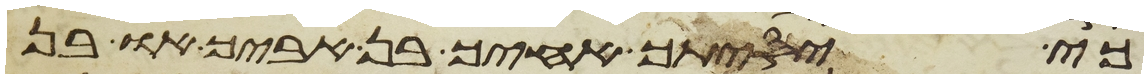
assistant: כי יסיתך אחיך בן אביך או בן